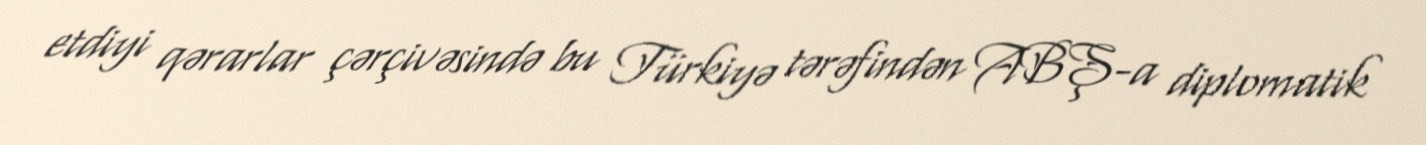
etdiyi qərarlar çərçivəsində bu Türkiyə tərəfindən ABŞ-a diplomatik